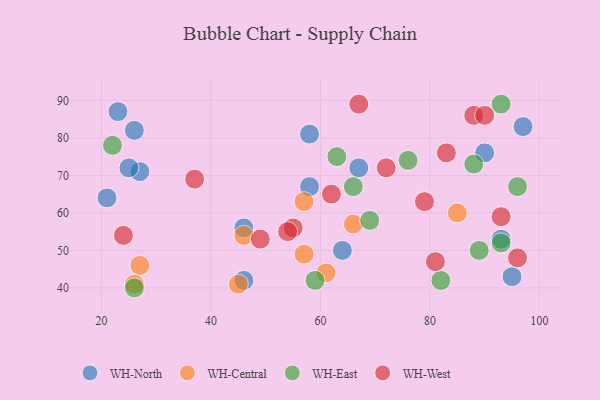
{"axis": {"x": "GDP", "y": "Life Expectancy"}, "legend": ["WH-Central", "WH-East", "WH-North", "WH-West"], "data": [{"x": "90", "y": 76, "type": "WH-North"}, {"x": "26", "y": 82, "type": "WH-North"}, {"x": "95", "y": 43, "type": "WH-North"}, {"x": "58", "y": 81, "type": "WH-North"}, {"x": "46", "y": 42, "type": "WH-North"}, {"x": "27", "y": 71, "type": "WH-North"}, {"x": "67", "y": 72, "type": "WH-North"}, {"x": "25", "y": 72, "type": "WH-North"}, {"x": "93", "y": 53, "type": "WH-North"}, {"x": "21", "y": 64, "type": "WH-North"}, {"x": "58", "y": 67, "type": "WH-North"}, {"x": "97", "y": 83, "type": "WH-North"}, {"x": "64", "y": 50, "type": "WH-North"}, {"x": "23", "y": 87, "type": "WH-North"}, {"x": "46", "y": 56, "type": "WH-North"}, {"x": "61", "y": 44, "type": "WH-Central"}, {"x": "26", "y": 41, "type": "WH-Central"}, {"x": "45", "y": 41, "type": "WH-Central"}, {"x": "85", "y": 60, "type": "WH-Central"}, {"x": "66", "y": 57, "type": "WH-Central"}, {"x": "57", "y": 49, "type": "WH-Central"}, {"x": "57", "y": 63, "type": "WH-Central"}, {"x": "46", "y": 54, "type": "WH-Central"}, {"x": "27", "y": 46, "type": "WH-Central"}, {"x": "66", "y": 67, "type": "WH-East"}, {"x": "69", "y": 58, "type": "WH-East"}, {"x": "93", "y": 89, "type": "WH-East"}, {"x": "82", "y": 42, "type": "WH-East"}, {"x": "26", "y": 40, "type": "WH-East"}, {"x": "88", "y": 73, "type": "WH-East"}, {"x": "96", "y": 67, "type": "WH-East"}, {"x": "89", "y": 50, "type": "WH-East"}, {"x": "76", "y": 74, "type": "WH-East"}, {"x": "22", "y": 78, "type": "WH-East"}, {"x": "59", "y": 42, "type": "WH-East"}, {"x": "63", "y": 75, "type": "WH-East"}, {"x": "93", "y": 52, "type": "WH-East"}, {"x": "55", "y": 56, "type": "WH-West"}, {"x": "37", "y": 69, "type": "WH-West"}, {"x": "49", "y": 53, "type": "WH-West"}, {"x": "93", "y": 59, "type": "WH-West"}, {"x": "54", "y": 55, "type": "WH-West"}, {"x": "83", "y": 76, "type": "WH-West"}, {"x": "88", "y": 86, "type": "WH-West"}, {"x": "81", "y": 47, "type": "WH-West"}, {"x": "24", "y": 54, "type": "WH-West"}, {"x": "96", "y": 48, "type": "WH-West"}, {"x": "67", "y": 89, "type": "WH-West"}, {"x": "79", "y": 63, "type": "WH-West"}, {"x": "62", "y": 65, "type": "WH-West"}, {"x": "72", "y": 72, "type": "WH-West"}, {"x": "90", "y": 86, "type": "WH-West"}]}